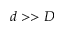
d > > D